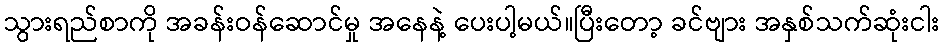
သွားရည်စာကို အခန်းဝန်ဆောင်မှု အနေနဲ့ ပေးပါ့မယ်။ပြီးတော့ ခင်ဗျား အနှစ်သက်ဆုံးငါး